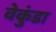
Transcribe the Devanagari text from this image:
वेकुंडा